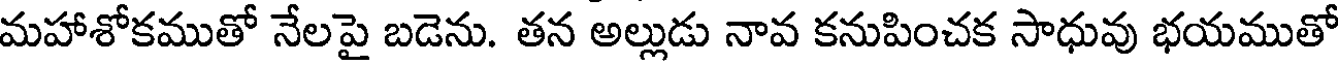
మహాశోకముతో నేలపై బడెను. తన అల్లుడు నావ కనుపించక సాధువు భయముతో